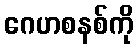
ဂေဟစနစ်ကို